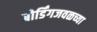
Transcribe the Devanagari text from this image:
बोर्डिंगजवळच्या